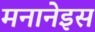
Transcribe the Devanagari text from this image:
मनानेइस